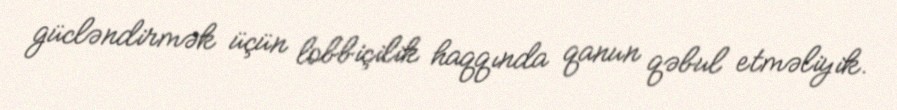
gücləndirmək üçün lobbiçilik haqqında qanun qəbul etməliyik.